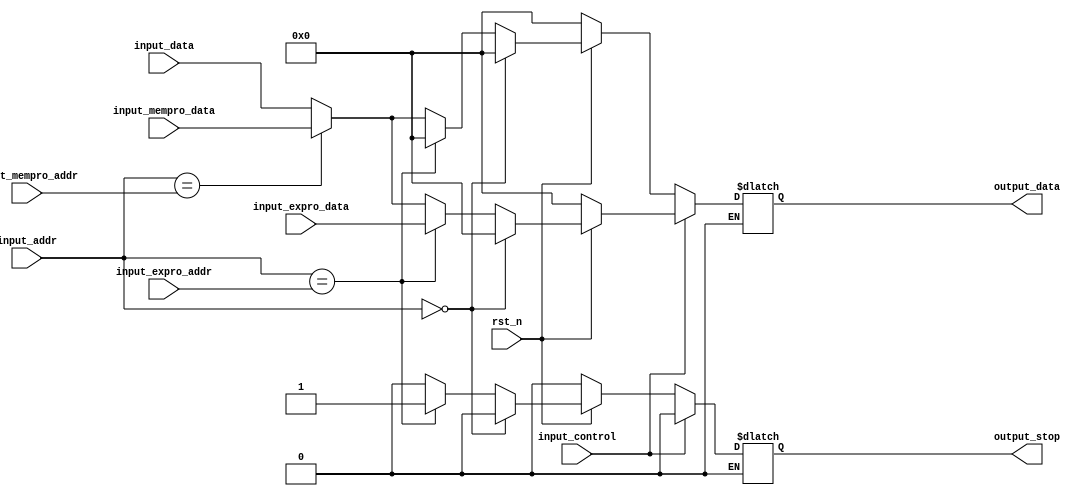
`timescale 1ns / 1ps
//////////////////////////////////////////////////////////////////////////////////
// Company: 
// Engineer: 
// 
// Design Name: 
// Module Name: MUX_EX
// Project Name: 
// Target Devices: 
// Tool Versions: 
// Description: 
// 
// Dependencies: 
// 
// Revision:
// Revision 0.01 - File Created
// Additional Comments:
// 
//////////////////////////////////////////////////////////////////////////////////


module MUX_EX(
    input rst_n,
    input[4:0] input_addr,
    input[4:0] input_expro_addr,
    input[4:0] input_mempro_addr,
    input[31:0] input_data,
    input[31:0] input_expro_data,  
    input[31:0] input_mempro_data,  
    input input_control,
    output reg[31:0] output_data,
    output reg output_stop
    );
always @(*)begin  // R type
    if(input_control == 1)begin
    if(~rst_n)begin
        output_data <= {32{1'b0}};
        output_stop <= 1'b0;   // rst_n
    end
    else begin
        output_stop <= 1'b0;
        if(input_addr[4:0] == 5'b00000)begin
            output_data <= {32{1'b0}};
        end
        else begin
            if(input_addr[4:0] == input_expro_addr[4:0])begin
               output_data <= input_expro_data;
           end
           else if(input_addr[4:0] == input_mempro_addr[4:0])begin
               output_data <= input_mempro_data;
           end
           else begin
               output_data <= input_data;
           end
        end
    end
    end

    if(input_control == 0)begin
  if(~rst_n)begin
      output_data <= {32{1'b0}};
      output_stop <= 1'b0;
  end
  else begin
    if(input_addr[4:0] == 5'b00000)begin
         output_data <= {32{1'b0}};
         output_stop <= 1'b0;
    end
    else begin
        if(input_addr[4:0] == input_expro_addr[4:0])begin
                output_stop <= 1'b1;
                output_data <= {32{1'b0}};//{32{1'b0}};
            end
            else if(input_addr[4:0] == input_mempro_addr[4:0])begin
                output_data <= input_mempro_data;
                output_stop <= 1'b0;
            end
            else begin
                output_data <= input_data;
                output_stop <= 1'b0;
            end   
    end
  end
  end
end
endmodule